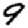
Digit: 9